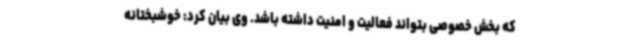
که بخش خصوصی بتواند فعالیت و امنیت داشته باشد. وی بیان کرد: خوشبختانه